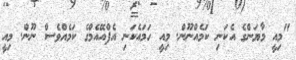
"މިއީ މާޔަންގެ އެކަނި ކަމެއްނޫން. މިއީ ހަމައެކަނި އެފްއޭއެމްގެ ކަމެއްވެސް ނޫން. މިއީ